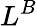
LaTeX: L^{B}